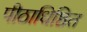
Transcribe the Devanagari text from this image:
पीठाधिष्ठित